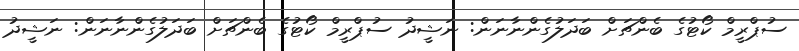
ސުޕްރީމް ކޯޓުގެ ބެންޗަށް ބަދަލުގެންނާނަން: ނަޝީދު ސުޕްރީމް ކޯޓުގެ ބެންޗަށް ބަދަލުގެންނާނަން: ނަޝީދު